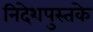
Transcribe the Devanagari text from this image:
निदेशपुस्तके